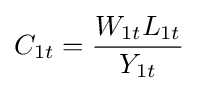
C_{1t}={\frac {W_{1t}L_{1t}}{Y_{1t}}}